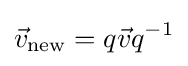
{\vec {v}}_{\text{new}}=q{\vec {v}}q^{-1}